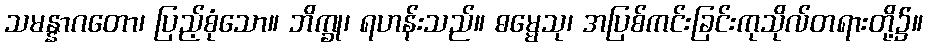
သမန္နာဂတော၊ ပြည့်စုံသော။ ဘိက္ခု၊ ရဟန်းသည်။ ဓမ္မေသု၊ အပြစ်ကင်းခြင်းကုသိုလ်တရားတို့၌။